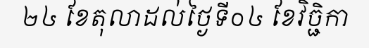
២៤ ខែតុលាដល់ថ្ងៃទី០៤ ខែវិច្ជិកា